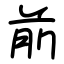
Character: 前